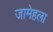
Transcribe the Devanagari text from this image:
जामेहला